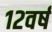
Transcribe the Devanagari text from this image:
१२वर्ष